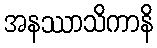
အနဿာသိကာနိ